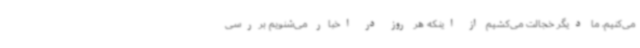
می‌کنیم، ما دیگر خجالت می‌کشیم از اینکه هر روز در اخبار می‌شنویم بررسی